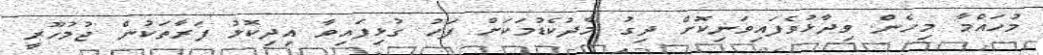
މުހައްމާ މިހެން ވިދާޅުވެފައިވަނިކޮށް ދިގު މެދުކެޑުމަކަށް ފަހު ގުޅިފައިވާ އިދިކޮޅު ފަރާތަކުން ޖުމުހޫރީ